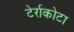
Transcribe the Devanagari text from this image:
टेर्राकोटा